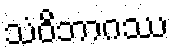
သံဝိဘာဂဿ